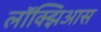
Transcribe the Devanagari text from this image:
लॉक्झिआस